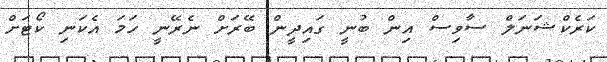
ކަރެކްޝަނަލް ސާވިސް އިން ބުނީ ގައިދީން ބޭރަށް ނެރޭނީ ހަމަ އެކަނި ކޯޓަށް